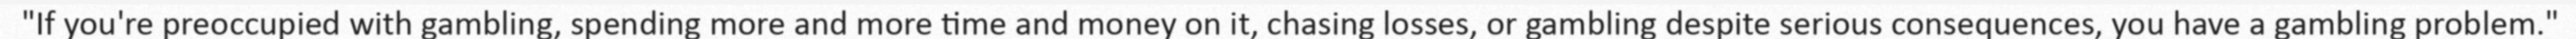
"If you're preoccupied with gambling, spending more and more time and money on it, chasing losses, or gambling despite serious consequences, you have a gambling problem."